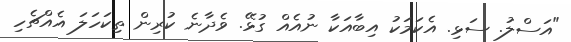
"އަސްލު. ސަޅި. އެކަމަކު އިބާއަކާ ނުއެއް ގުޅޭ. ވެދާނެ ކުރިން ތިކަހަލަ އެއްޗެހި